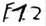
Text: E1.2